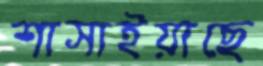
শাসাইয়াছে